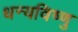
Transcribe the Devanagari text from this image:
धन्यविष्णु